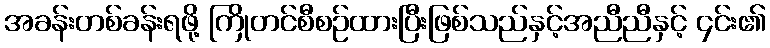
အခန်းတစ်ခန်းရဖို့ ကြိုတင်စီစဉ်ထားပြီးဖြစ်သည်နှင့်အညီညီနှင့် ၄င်း၏